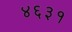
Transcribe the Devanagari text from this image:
४६३१